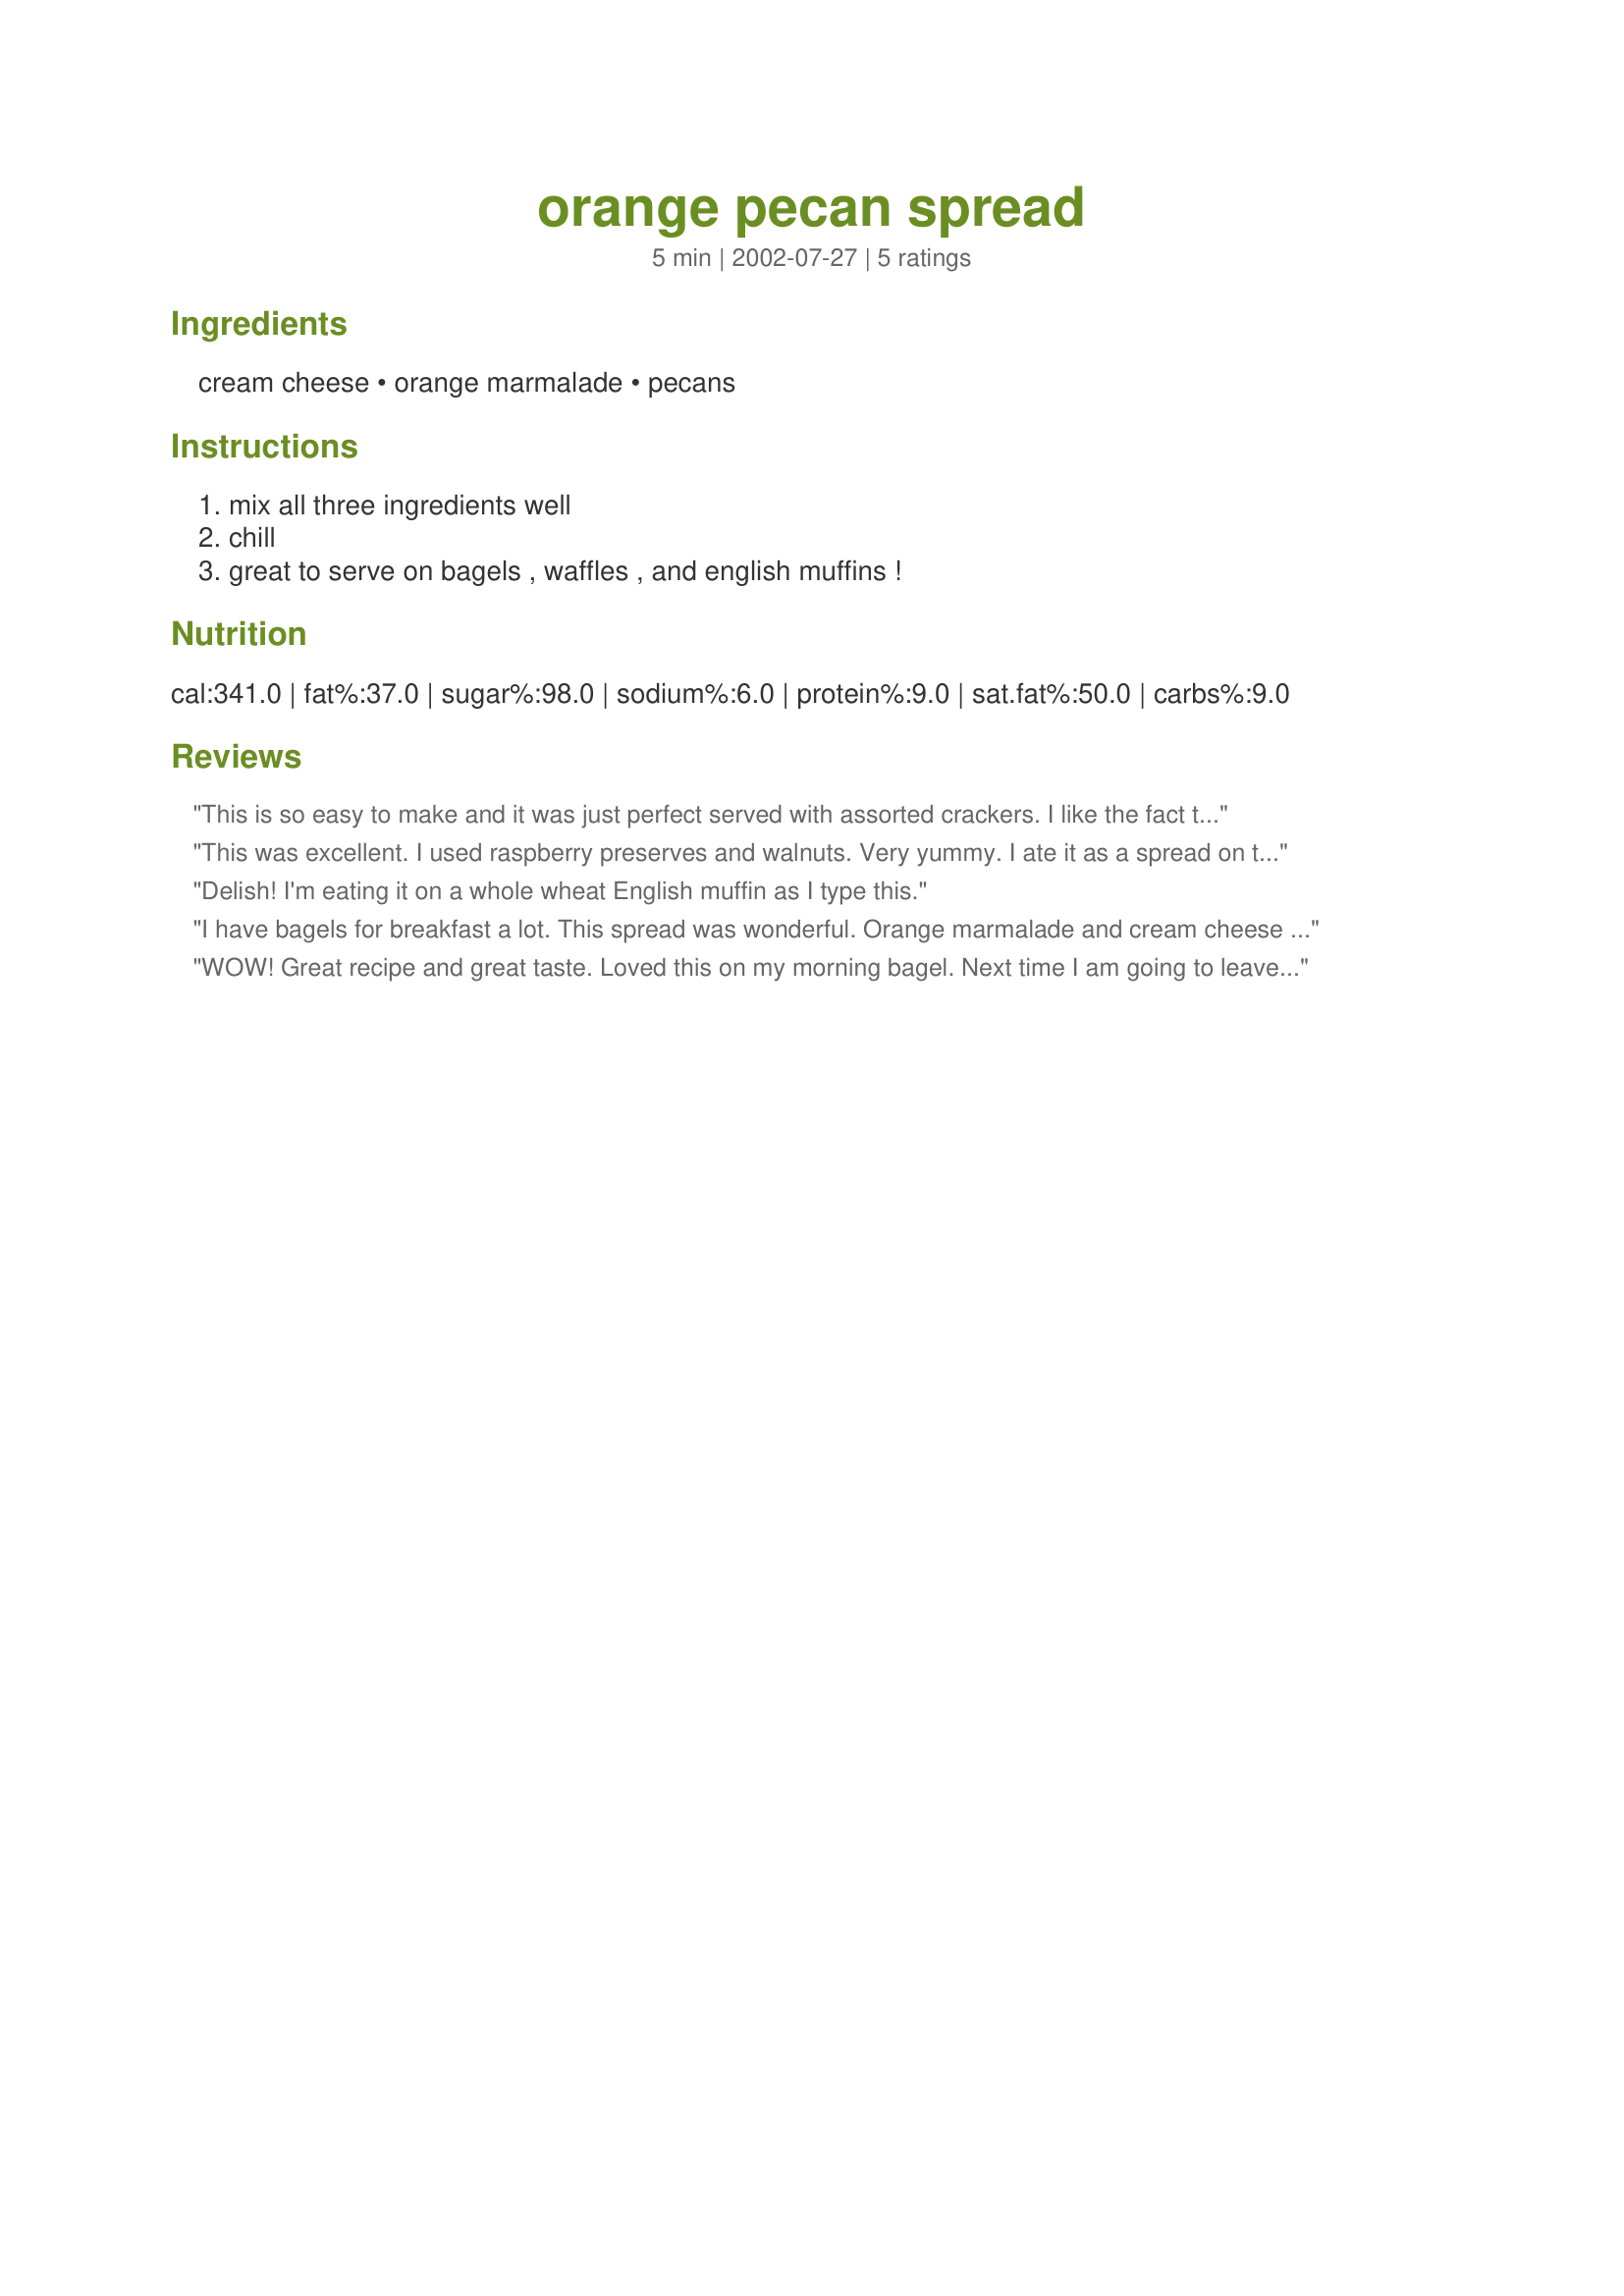
orange pecan spread
Preparation time: 5 minutes

Ingredients:
cream cheese, orange marmalade, pecans

Steps:
mix all three ingredients well, chill, great to serve on bagels , waffles , and english muffins !

Reviews:
This is so easy to make and it was just perfect served with assorted crackers. I like the fact that it can be made a day or so ahead of time. Wonderful flavor combination. Thanks StacyB for sharing this with us. :-)
This was excellent. I used raspberry preserves and walnuts. Very yummy. I ate it as a spread on toast but thought it would taste better on a bagel or muffin. Thanks for the recipe. Will make again.
Delish! I'm eating it on a whole wheat English muffin as I type this.
I have bagels for breakfast a lot. This spread was wonderful. Orange marmalade and cream cheese go very well together. The pecans make it extra-special. Thanks for a new, easy to make breakfast treat.
WOW! Great recipe and great taste. Loved this on my morning bagel. Next time I am going to leave out the pecans, though. Thanks for posting, Stacy!
